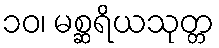
၁၀၊ မစ္ဆရိယသုတ္တ